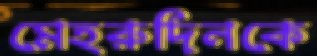
মেহরুদিনকে